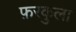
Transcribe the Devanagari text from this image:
फ़रकुला